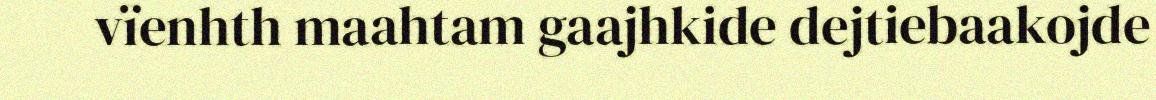
vïenhth maahtam gaajhkide dejtiebaakojde